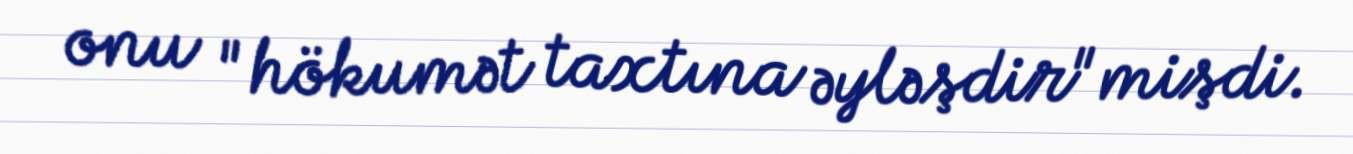
onu "hökumət taxtına əyləşdir"mişdi.